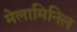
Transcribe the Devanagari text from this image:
मेलामिनिल